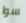
سوا